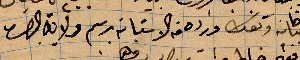
جبانة و.. ورده من الاستانة رسم ولاي البصرة